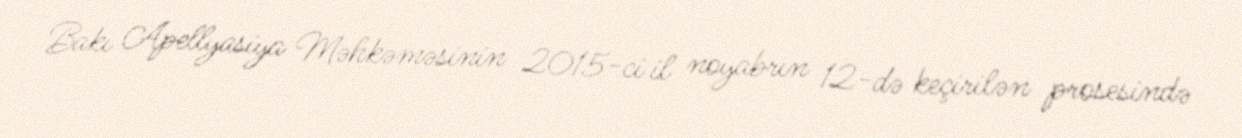
Bakı Apellyasiya Məhkəməsinin 2015-ci il noyabrın 12-də keçirilən prosesində